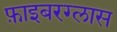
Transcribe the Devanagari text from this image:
फ़ाइबरग्लास